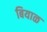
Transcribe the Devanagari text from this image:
बियाळ